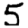
Digit: 5